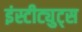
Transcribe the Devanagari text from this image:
इंस्टीट्युट्स